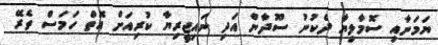
ޔަމަނާއި ސޮމާލިޔާ ދެކުނު ސޫދާން އަދި ނައިޖީރިޔާ ކުރިއަށް އޮތް ހަމަސް ތެރޭ